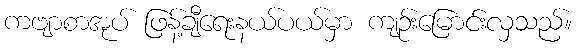
ကဗျာစာအုပ် ဖြန့်ချီရေးနယ်ပယ်မှာ ကျဉ်းမြောင်းလှသည်။